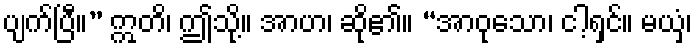
ပျက်ပြီ။” ဣတိ၊ ဤသို့။ အာဟ၊ ဆို၏။ “အာဝုသော၊ ငါ့ရှင်။ မယှံ၊